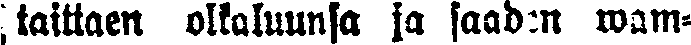
taittaen olkaluunsa ja saaden wam-